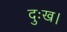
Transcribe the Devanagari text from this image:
दुःख।